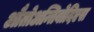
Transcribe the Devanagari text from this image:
औतोअन्तिबोदिएस